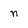
Character: n